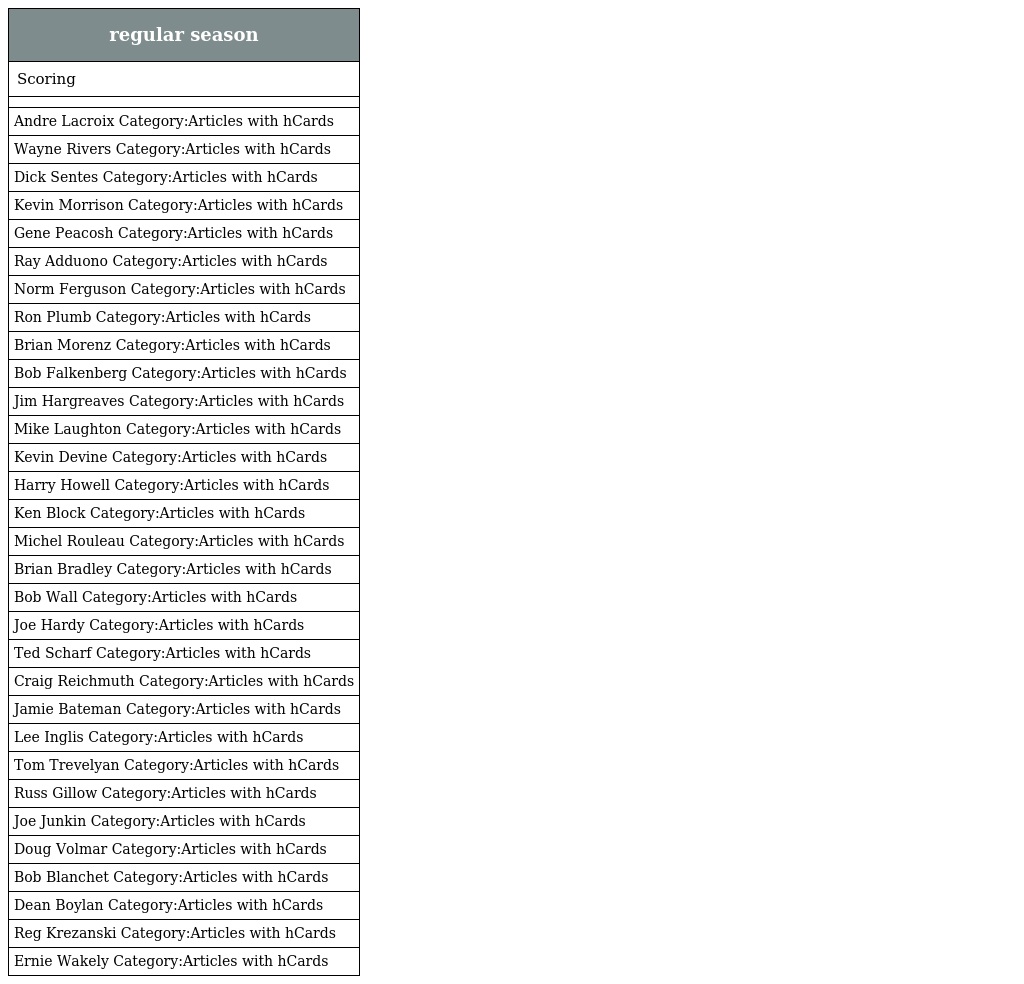
| regular season |
 | --- |
 | Scoring |
 |  |
 | Andre Lacroix Category:Articles with hCards |
 | Wayne Rivers Category:Articles with hCards |
 | Dick Sentes Category:Articles with hCards |
 | Kevin Morrison Category:Articles with hCards |
 | Gene Peacosh Category:Articles with hCards |
 | Ray Adduono Category:Articles with hCards |
 | Norm Ferguson Category:Articles with hCards |
 | Ron Plumb Category:Articles with hCards |
 | Brian Morenz Category:Articles with hCards |
 | Bob Falkenberg Category:Articles with hCards |
 | Jim Hargreaves Category:Articles with hCards |
 | Mike Laughton Category:Articles with hCards |
 | Kevin Devine Category:Articles with hCards |
 | Harry Howell Category:Articles with hCards |
 | Ken Block Category:Articles with hCards |
 | Michel Rouleau Category:Articles with hCards |
 | Brian Bradley Category:Articles with hCards |
 | Bob Wall Category:Articles with hCards |
 | Joe Hardy Category:Articles with hCards |
 | Ted Scharf Category:Articles with hCards |
 | Craig Reichmuth Category:Articles with hCards |
 | Jamie Bateman Category:Articles with hCards |
 | Lee Inglis Category:Articles with hCards |
 | Tom Trevelyan Category:Articles with hCards |
 | Russ Gillow Category:Articles with hCards |
 | Joe Junkin Category:Articles with hCards |
 | Doug Volmar Category:Articles with hCards |
 | Bob Blanchet Category:Articles with hCards |
 | Dean Boylan Category:Articles with hCards |
 | Reg Krezanski Category:Articles with hCards |
 | Ernie Wakely Category:Articles with hCards |